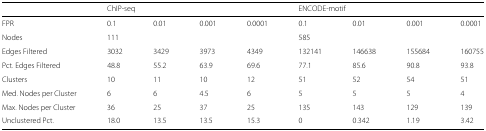
<table><thead><tr><td></td><td colspan="4"><b>ChIP-seq</b></td><td colspan="4"><b>ENCODE-motif</b></td></tr></thead><tbody><tr><td>FPR</td><td>0.1</td><td>0.01</td><td>0.001</td><td>0.0001</td><td>0.1</td><td>0.01</td><td>0.001</td><td>0.0001</td></tr><tr><td>Nodes</td><td colspan="4">111</td><td colspan="4">585</td></tr><tr><td>Edges Filtered</td><td>3032</td><td>3429</td><td>3973</td><td>4349</td><td>132141</td><td>146638</td><td>155684</td><td>160755</td></tr><tr><td>Pct. Edges Filtered</td><td>48.8</td><td>55.2</td><td>63.9</td><td>69.6</td><td>77.1</td><td>85.6</td><td>90.8</td><td>93.8</td></tr><tr><td>Clusters</td><td>10</td><td>11</td><td>10</td><td>12</td><td>51</td><td>52</td><td>54</td><td>51</td></tr><tr><td>Med. Nodes per Cluster</td><td>6</td><td>6</td><td>4.5</td><td>6</td><td>5</td><td>5</td><td>5</td><td>4</td></tr><tr><td>Max. Nodes per Cluster</td><td>36</td><td>25</td><td>37</td><td>25</td><td>135</td><td>143</td><td>129</td><td>139</td></tr><tr><td>Unclustered Pct.</td><td>18.0</td><td>13.5</td><td>13.5</td><td>15.3</td><td>0</td><td>0.342</td><td>1.19</td><td>3.42</td></tr></tbody></table>